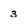
Character: 3